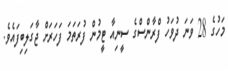
މަހުގެ 28 ވަނަ ދުވަހު ފްރާންސްގެ ސީނިއާ ޓީމުން ފުރަތަމަ ފަހަރަށް ޖާގަލިބިފައެވެ.